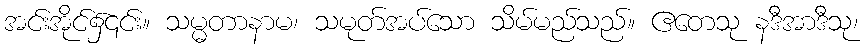
အင်းအိုင်၌၎င်း။ သမ္မတာနာမ၊ သမုတ်အပ်သော သိမ်မည်သည်။ ဧတေသု နဒီအာဒီသု၊